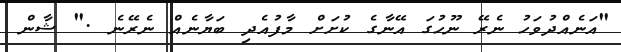
"އަނެއްދުވަހު ނެރޭ ނޫހުގަ އޭނާގެ ކުށަށް މާފުއެދި ބަޔާނެއް ނެރޭނެ ." ޝާން